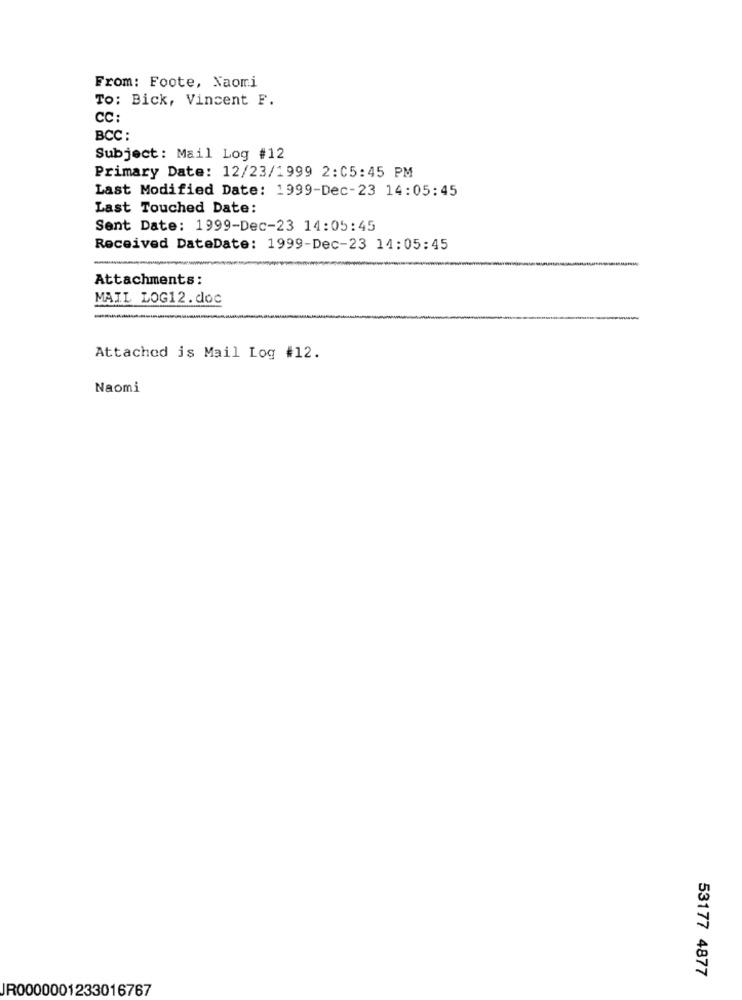
From: Foote, Naomi
To: Bick, Vincent F.
CC:
BCC :
Subject: Mail Log #12
Primary Date: 12/23/1999 2:05:45 PM
Last Modified Date: 1999-Dec-23 14:05:45
Last Touched Date:
Sent Date: 1999-Dec-23 14:05:45
Received DateDate: 1999-Dec-23 14:05:45
Attachments:
MAIL LOG12.doc
Attached is Mail Log #12.
Naomi
53177 4877
JR0000001233016767